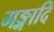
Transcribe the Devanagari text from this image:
गङ्गादि